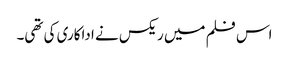
اس فلم میں ریکس نے اداکاری کی تھی۔